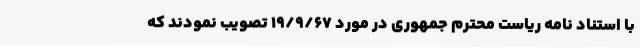
با استناد نامه ریاست محترم جمهوری در مورد ۱۹/۹/۶۷ تصویب نمودند که